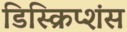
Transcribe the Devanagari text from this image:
डिस्क्रिप्शंस